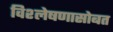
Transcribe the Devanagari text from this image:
विश्लेषणासोबत